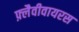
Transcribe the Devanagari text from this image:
फ़्लैवीवायरस